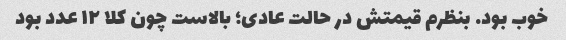
خوب بود. بنظرم قیمتش در حالت عادی؛ بالاست چون کلا ۱۲ عدد بود